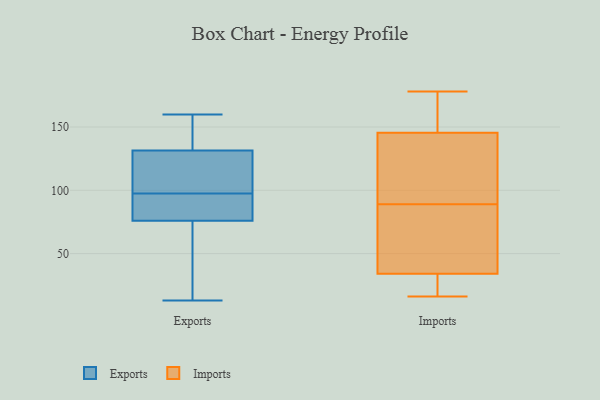
{"axis": {"x": "Net Income (USD K)", "y": "Value"}, "legend": ["Exports", "Imports"], "data": [{"x": "", "y": 106, "type": "Exports"}, {"x": "", "y": 95, "type": "Exports"}, {"x": "", "y": 149, "type": "Exports"}, {"x": "", "y": 114, "type": "Exports"}, {"x": "", "y": 100, "type": "Exports"}, {"x": "", "y": 160, "type": "Exports"}, {"x": "", "y": 82, "type": "Exports"}, {"x": "", "y": 71, "type": "Exports"}, {"x": "", "y": 81, "type": "Exports"}, {"x": "", "y": 23, "type": "Exports"}, {"x": "", "y": 13, "type": "Exports"}, {"x": "", "y": 153, "type": "Exports"}, {"x": "", "y": 21, "type": "Imports"}, {"x": "", "y": 164, "type": "Imports"}, {"x": "", "y": 16, "type": "Imports"}, {"x": "", "y": 40, "type": "Imports"}, {"x": "", "y": 81, "type": "Imports"}, {"x": "", "y": 127, "type": "Imports"}, {"x": "", "y": 60, "type": "Imports"}, {"x": "", "y": 103, "type": "Imports"}, {"x": "", "y": 28, "type": "Imports"}, {"x": "", "y": 169, "type": "Imports"}, {"x": "", "y": 97, "type": "Imports"}, {"x": "", "y": 178, "type": "Imports"}]}